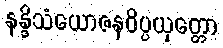
နန္ဒိသံယောဇနဝိပ္ပယုတ္တော